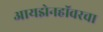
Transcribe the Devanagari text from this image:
आयझेनहॉवरचा